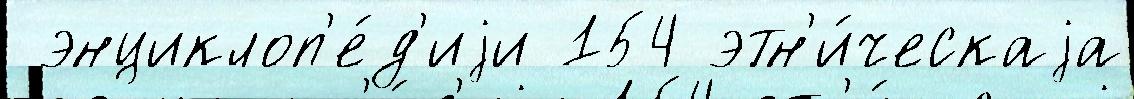
 энциклоп'е́д'иjи 154 этн'и́ческаjа